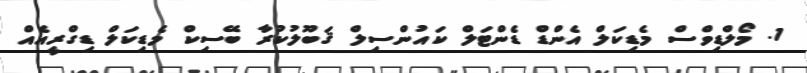
1. މޯލްޑިވްސް މެޑިކަލް އެންޑް ޑެންޓަލް ކައުންސިލް ޤަބޫލުކުރާ ބޭސިކް މެޑިކަލް ޑިގްރީއެއް